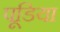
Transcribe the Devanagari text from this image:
पूडिया